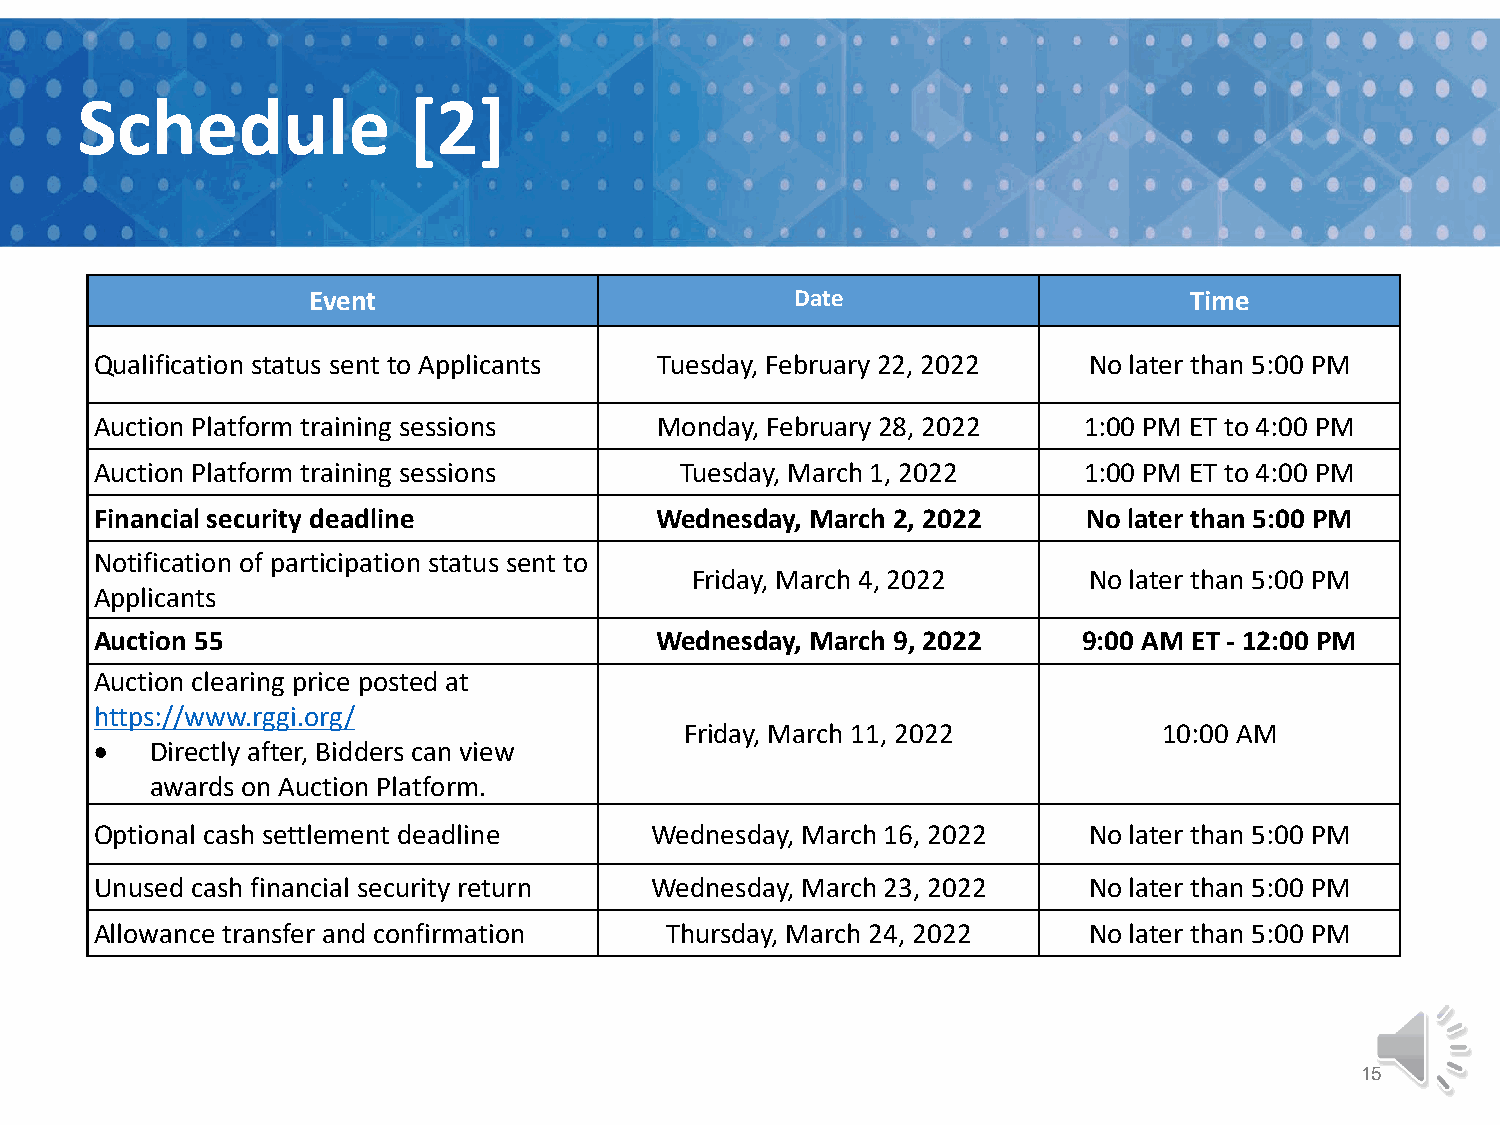
Schedule              [2]
 Event                            Date                      Time
 Qualification status sent to Applicants Tuesday, February 22, 2022 No later than 5:00 PM
 Auction Platform training sessions   Monday, February 28, 2022    1:00 PM ET to 4:00 PM
 Auction Platform training sessions     Tuesday, March 1, 2022     1:00 PM ET to 4:00 PM
 Financial security deadline          Wednesday, March 2, 2022     No later than 5:00 PM
 Notification of participation status sent to
 Friday, March 4, 2022     No later than 5:00 PM
 Applicants
 Auction 55                           Wednesday, March 9, 2022     9:00 AM ET - 12:00 PM
 Auction clearing price posted at
 https://www.rggi.org/
 Friday, March 11, 2022          10:00 AM
 •   Directly after, Bidders can view
 awards on Auction Platform.
 Optional cash settlement deadline    Wednesday, March 16, 2022    No later than 5:00 PM
 Unused cash financial security return Wednesday, March 23, 2022   No later than 5:00 PM
 Allowance transfer and confirmation   Thursday, March 24, 2022    No later than 5:00 PM
 15